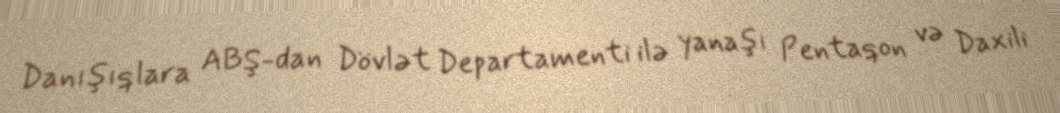
Danışıqlara ABŞ-dan Dövlət Departamenti ilə yanaşı Pentaqon və Daxili